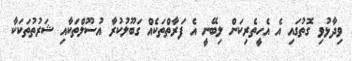
ވިދާޅުވި ގޮތުގައި އެ އެހީތެރިކަން ލިބޭނީ އެ ފަރާތްތަކެއް ގަބޫލުކުރާ އުސޫލްތަކާއި ޝަރުތުތަކަކާ